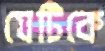
যেটিকে